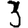
Digit: 3